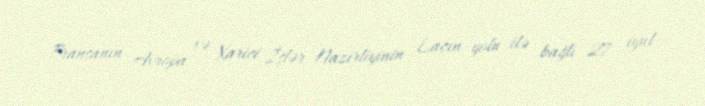
Fransanın Avropa və Xarici İşlər Nazirliyinin Laçın yolu ilə bağlı 27 iyul